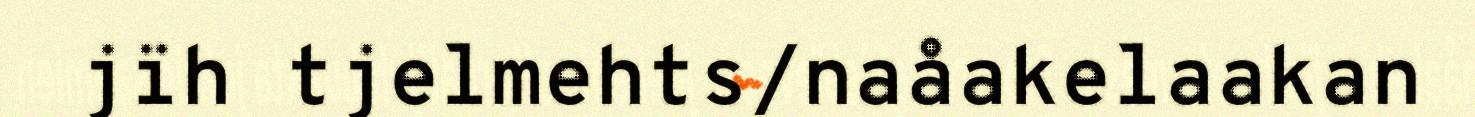
jïh tjelmehts/naåakelaakan